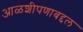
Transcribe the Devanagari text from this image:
आळशीपणाबद्दल